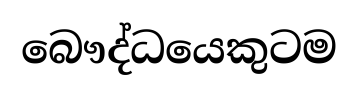
බෞද්ධයෙකුටම